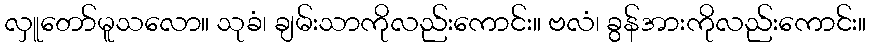
လှူတော်မူသလော။ သုခံ၊ ချမ်းသာကိုလည်းကောင်း။ ဗလံ၊ ခွန်အားကိုလည်းကောင်း။